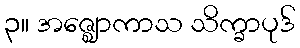
၃။ အဇ္ဈောကာသ သိက္ခာပုဒ်